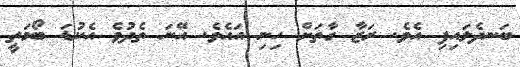
ބަނދެލައިފި އެވެ. ރަޒާ ގާތަށް ހިނި އައެވެ. އޭނަ ތެދުވެ އެކުޑަ ބޯމަތީ